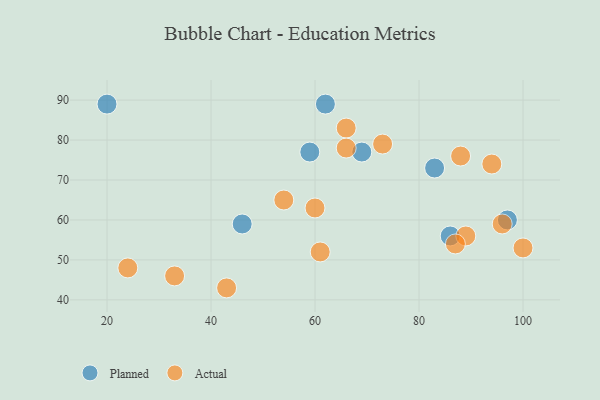
{"axis": {"x": "GDP", "y": "Life Expectancy"}, "legend": ["Actual", "Planned"], "data": [{"x": "20", "y": 89, "type": "Planned"}, {"x": "69", "y": 77, "type": "Planned"}, {"x": "97", "y": 60, "type": "Planned"}, {"x": "86", "y": 56, "type": "Planned"}, {"x": "62", "y": 89, "type": "Planned"}, {"x": "59", "y": 77, "type": "Planned"}, {"x": "46", "y": 59, "type": "Planned"}, {"x": "83", "y": 73, "type": "Planned"}, {"x": "96", "y": 59, "type": "Actual"}, {"x": "60", "y": 63, "type": "Actual"}, {"x": "88", "y": 76, "type": "Actual"}, {"x": "33", "y": 46, "type": "Actual"}, {"x": "89", "y": 56, "type": "Actual"}, {"x": "54", "y": 65, "type": "Actual"}, {"x": "66", "y": 83, "type": "Actual"}, {"x": "61", "y": 52, "type": "Actual"}, {"x": "66", "y": 78, "type": "Actual"}, {"x": "94", "y": 74, "type": "Actual"}, {"x": "87", "y": 54, "type": "Actual"}, {"x": "100", "y": 53, "type": "Actual"}, {"x": "73", "y": 79, "type": "Actual"}, {"x": "43", "y": 43, "type": "Actual"}, {"x": "24", "y": 48, "type": "Actual"}]}